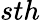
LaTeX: sth